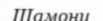
Шамони